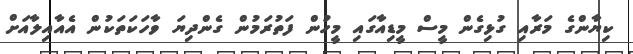
ކިޔާންގެ މަރާއި ގުޅިގެން މީސް މީޑިއާގައި މީހުން ފަތުރަމުން ގެންދިޔަ ވާހަކަތަކުން އެއާއިލާއަށް